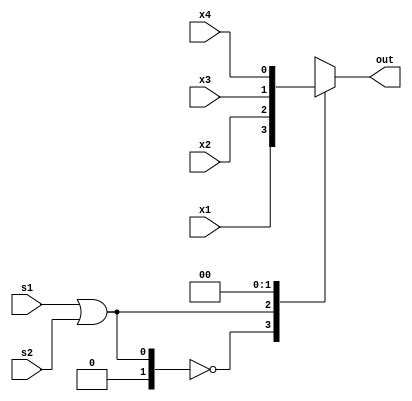
module ex1 (x1, x2, x3, x4, s1, s2, out);

input wire x1, x2, x3, x4, s1, s2;
output reg out;

always @ (x1 or x2 or x3 or x4 or s1, s2)
begin
	case (s1 | s2)
		2'b00 : out <= x1;
		2'b01 : out <= x2;
		2'b10 : out <= x3;
		2'b11 : out <= x4;
	endcase

end
	
endmodule